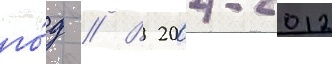
го́д // В 2004-2012